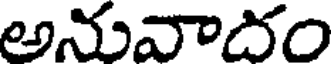
అనువాదం